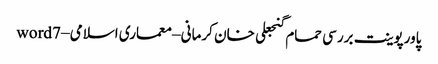
پاورپوینت بررسی حمام گنجعلی خان کرمانی – معماری اسلامی – word7